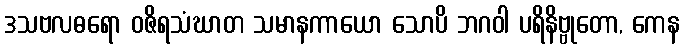
ဒသဗလဓရော ဝဇိရသံဃာတ သမာနကာယော သောပိ ဘဂဝါ ပရိနိဗ္ဗုတော, ကေန